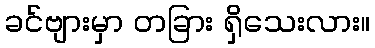
ခင်ဗျားမှာ တခြား ရှိသေးလား။